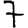
Digit: 7